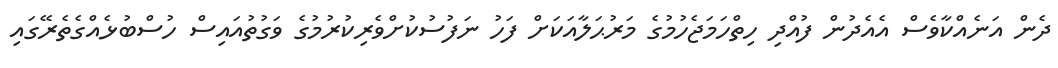
ދެން އަނެއްކާވެސް އެއެދުން ފުއްދި ހިތްހަމަޖެހުމުގެ މަރުޙަލާއަކަށް ފަހު ނަފުސުކުށްވެރިކުރުމުގެ ވަގުތުއައިސް ހުސްބުޅެއްގެތެރޭގައި